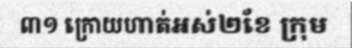
៣១ ក្រោយហាត់អស់២ខែ ក្រុម